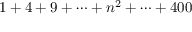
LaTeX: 1 + 4 + 9 + \cdots + n ^ { 2 } + \cdots + 4 0 0